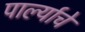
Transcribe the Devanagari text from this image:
पार्ल्याचे